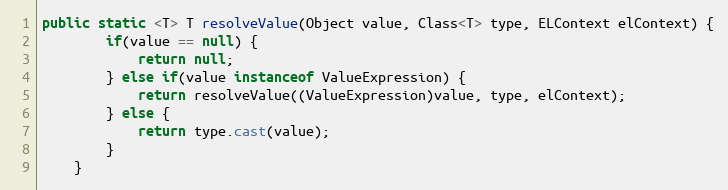
Language: Java
public static <T> T resolveValue(Object value, Class<T> type, ELContext elContext) {
		if(value == null) {
			return null;
		} else if(value instanceof ValueExpression) {
			return resolveValue((ValueExpression)value, type, elContext);
		} else {
			return type.cast(value);
		}
	}